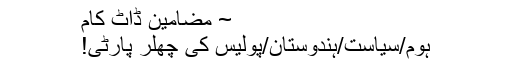
~ مضامین ڈاٹ کام
ہوم/سیاست/ہندوستان/پولیس کی چِھلّر پارٹی!